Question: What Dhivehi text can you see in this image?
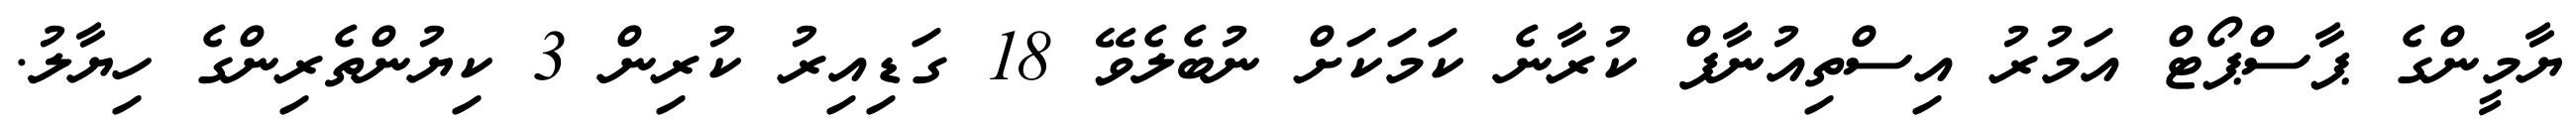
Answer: ޔާމީންގެ ޕާސްޕޯޓް އަމުރު އިސްތިއުނާފް ކުރާނެ ކަމަކަށް ނުބެލެވޭ 18 ގަޑިއިރު ކުރިން 3 ކިޔުންތެރިންގެ ހިޔާލު.